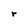
Character: r